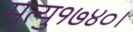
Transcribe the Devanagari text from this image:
मृत्यु१७४०।